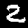
Digit: 2